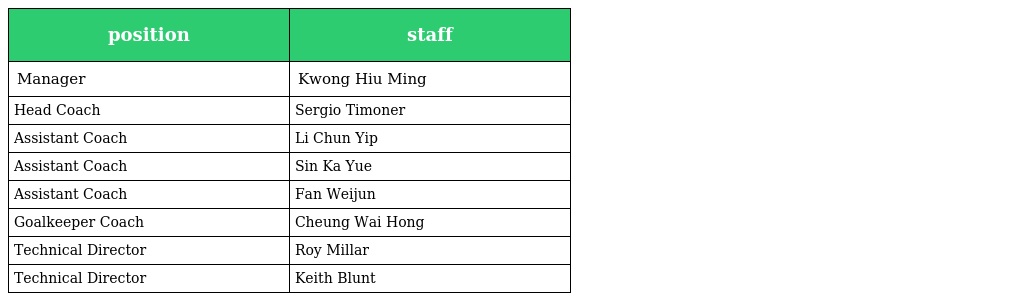
| position | staff |
 | --- | --- |
 | Manager | Kwong Hiu Ming |
 | Head Coach | Sergio Timoner |
 | Assistant Coach | Li Chun Yip |
 | Assistant Coach | Sin Ka Yue |
 | Assistant Coach | Fan Weijun |
 | Goalkeeper Coach | Cheung Wai Hong |
 | Technical Director | Roy Millar |
 | Technical Director | Keith Blunt |